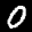
Label: 0